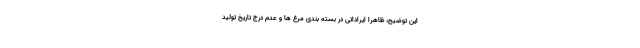
این توضیح، ظاهرا ایراداتی در بسته بندی مرغ ها و عدم درج تاریخ تولید